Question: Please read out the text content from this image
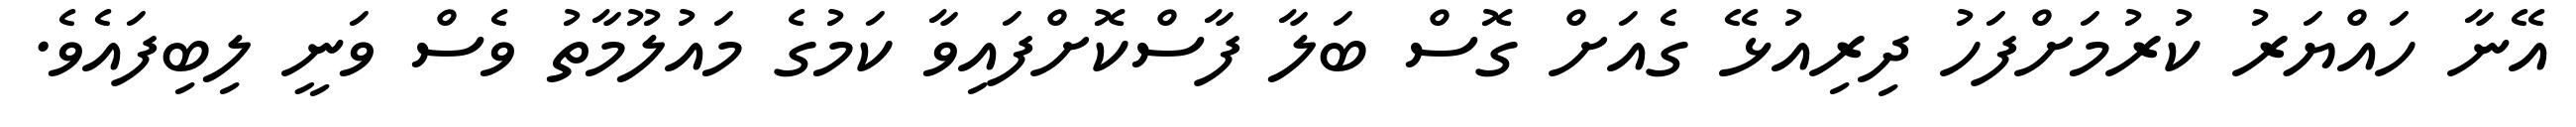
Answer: އޭނާ ހައްޔަރު ކުރުމަށްފަހު ދިރިއުޅޭ ގެއަށް ގޮސް ބަލާ ފާސްކޮށްފައިވާ ކަމުގެ މައުލޫމާތު ވެސް ވަނީ ލިބިފައެވެ.